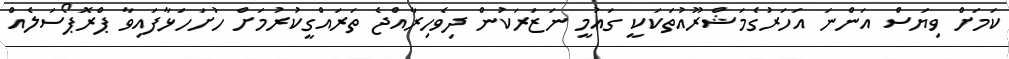
ކަމަށް ވިޔަސް އަންނަ އަހަރުގެމަޝްރޫއުތަކަކީ ގައުމީ ނަޒަރަކުން ދިވެހިރާއްޖެ ތަރައްގީކުރުމަށް ހުށަހަޅާފައިވާ ޕްރޮޕޯސަލެއް